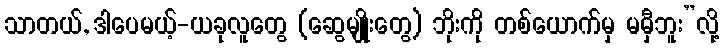
သာတယ်, ဒါပေမယ့်-ယခုလူတွေ (ဆွေမျိုးတွေ) ဘိုးကို တစ်ယောက်မှ မမှီဘူး”လို့